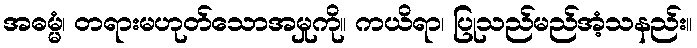
အဓမ္မံ၊ တရားမဟုတ်သောအမှုကို။ ကယိရာ၊ ပြုသည်မည်အံ့သနည်း။